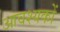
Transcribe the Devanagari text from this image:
आवश्यकों